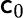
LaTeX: \mathsf{c}_{0}